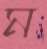
ম